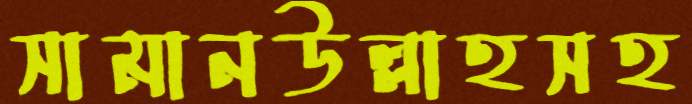
সামানউল্লাহসহ